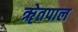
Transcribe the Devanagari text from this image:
ॠेतपाल